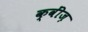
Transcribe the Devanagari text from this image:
क्वींज़